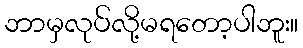
ဘာမှလုပ်လို့မရတော့ပါဘူး။